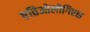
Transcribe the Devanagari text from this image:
एतिओलोगिएस